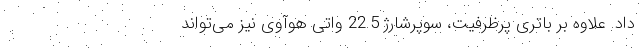
داد. علاوه بر باتری پرظرفیت، سوپرشارژ 22.5 واتی هوآوی نیز می‌تواند